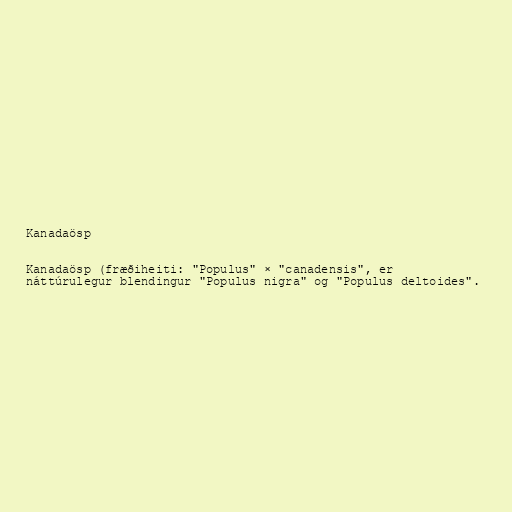
Kanadaösp

Kanadaösp (fræðiheiti: "Populus" × "canadensis", er
náttúrulegur blendingur "Populus nigra" og "Populus deltoides".